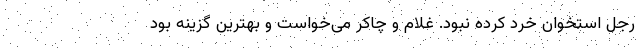
رجل استخوان خرد کرده نبود. غلام و چاکر می‌خواست و بهترین گزینه بود